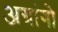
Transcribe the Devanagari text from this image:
अग्रांगो